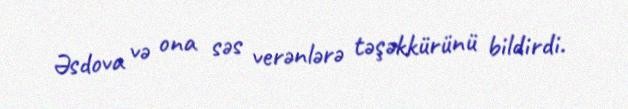
Əsdova və ona səs verənlərə təşəkkürünü bildirdi.